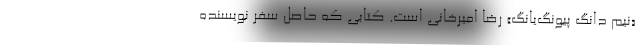
«نیم دانگِ پیونگ‌یانگ» رضا امیرخانی است. کتابی که حاصل سفر نویسنده